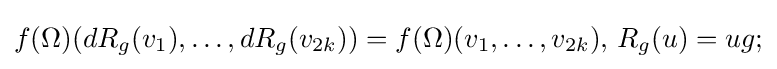
f(\Omega )(dR_{g}(v_{1}),\dots ,dR_{g}(v_{2k}))=f(\Omega )(v_{1},\dots ,v_{2k}),\,R_{g}(u)=ug;